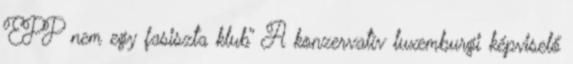
EPP nem egy fasiszta klub” A konzervatív luxemburgi képviselő